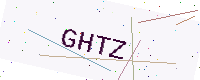
Text: GHTZ